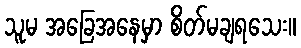
သူမ အခြေအနေမှာ စိတ်မချရသေး။